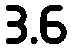
3.6